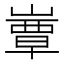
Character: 𡼬